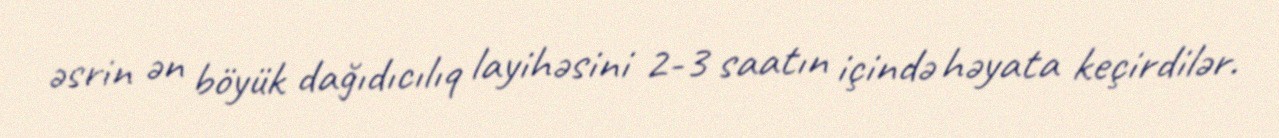
əsrin ən böyük dağıdıcılıq layihəsini 2-3 saatın içində həyata keçirdilər.